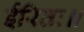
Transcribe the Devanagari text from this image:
ईरितः॥